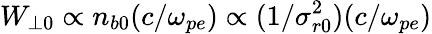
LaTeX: W_{\perp 0}\propto n_{b0}(c/\omega_{pe})\propto(1/\sigma_{r0}^{2})(c/\omega_{pe})